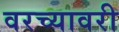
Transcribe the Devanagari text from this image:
वरच्यावरी